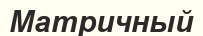
Матричный